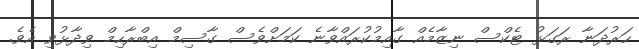
ހަރުދަނާ ރަގަޅު ޓެކްސް ނިޒާމެއް ގާއިމުކުރައްވާނެ ކަމަށްވެސް ގާސިމް އިބްރާހިމް ވިދާޅުވި އެވެ.